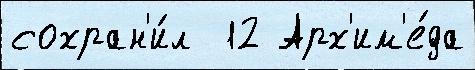
сохран'и́л  12 Арх'им'е́да